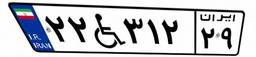
۲۲W۳۱۲۲۹